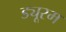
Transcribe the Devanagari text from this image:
ड्यूरम